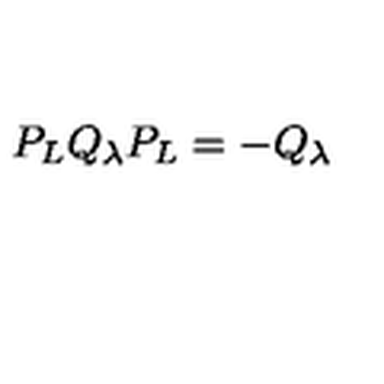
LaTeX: P _ { L } Q _ { \lambda } P _ { L } = - Q _ { \lambda }